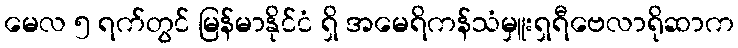
မေလ ၅ ရက်တွင် မြန်မာနိုင်ငံ ရှိ အမေရိကန်သံမှူးရှရီဗေလာရိုဆာက